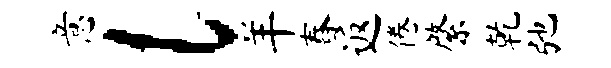
意l羊舂返倦綮乾弛